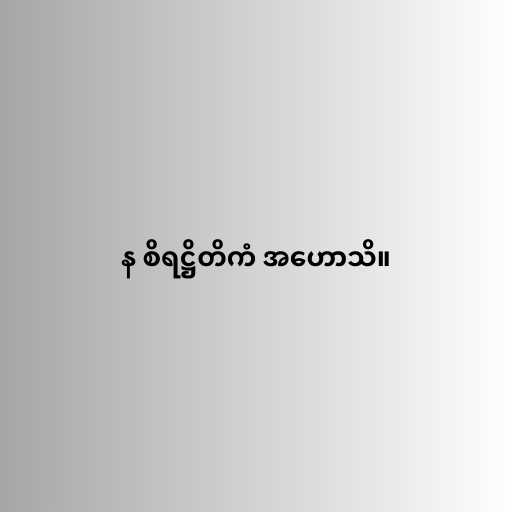
န စိရဋ္ဌိတိကံ အဟောသိ။